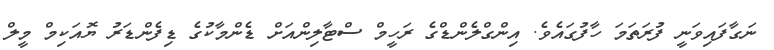
ނަގާފައިވަނީ ފުރަތަމަ ހާފުގައެވެ. އިންގްލެންޑްގެ ރަހީމް ސްޓާލިންއަށް ޑެންމާކުގެ ޑިފެންޑަރު ޔޮއަކިމް މީލް